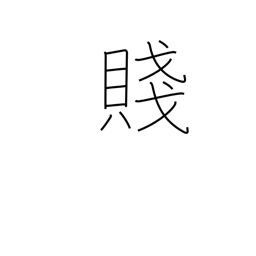
Meaning: poverty